Eesti_Vabariigi_Tartu_Ulikool, lk 277
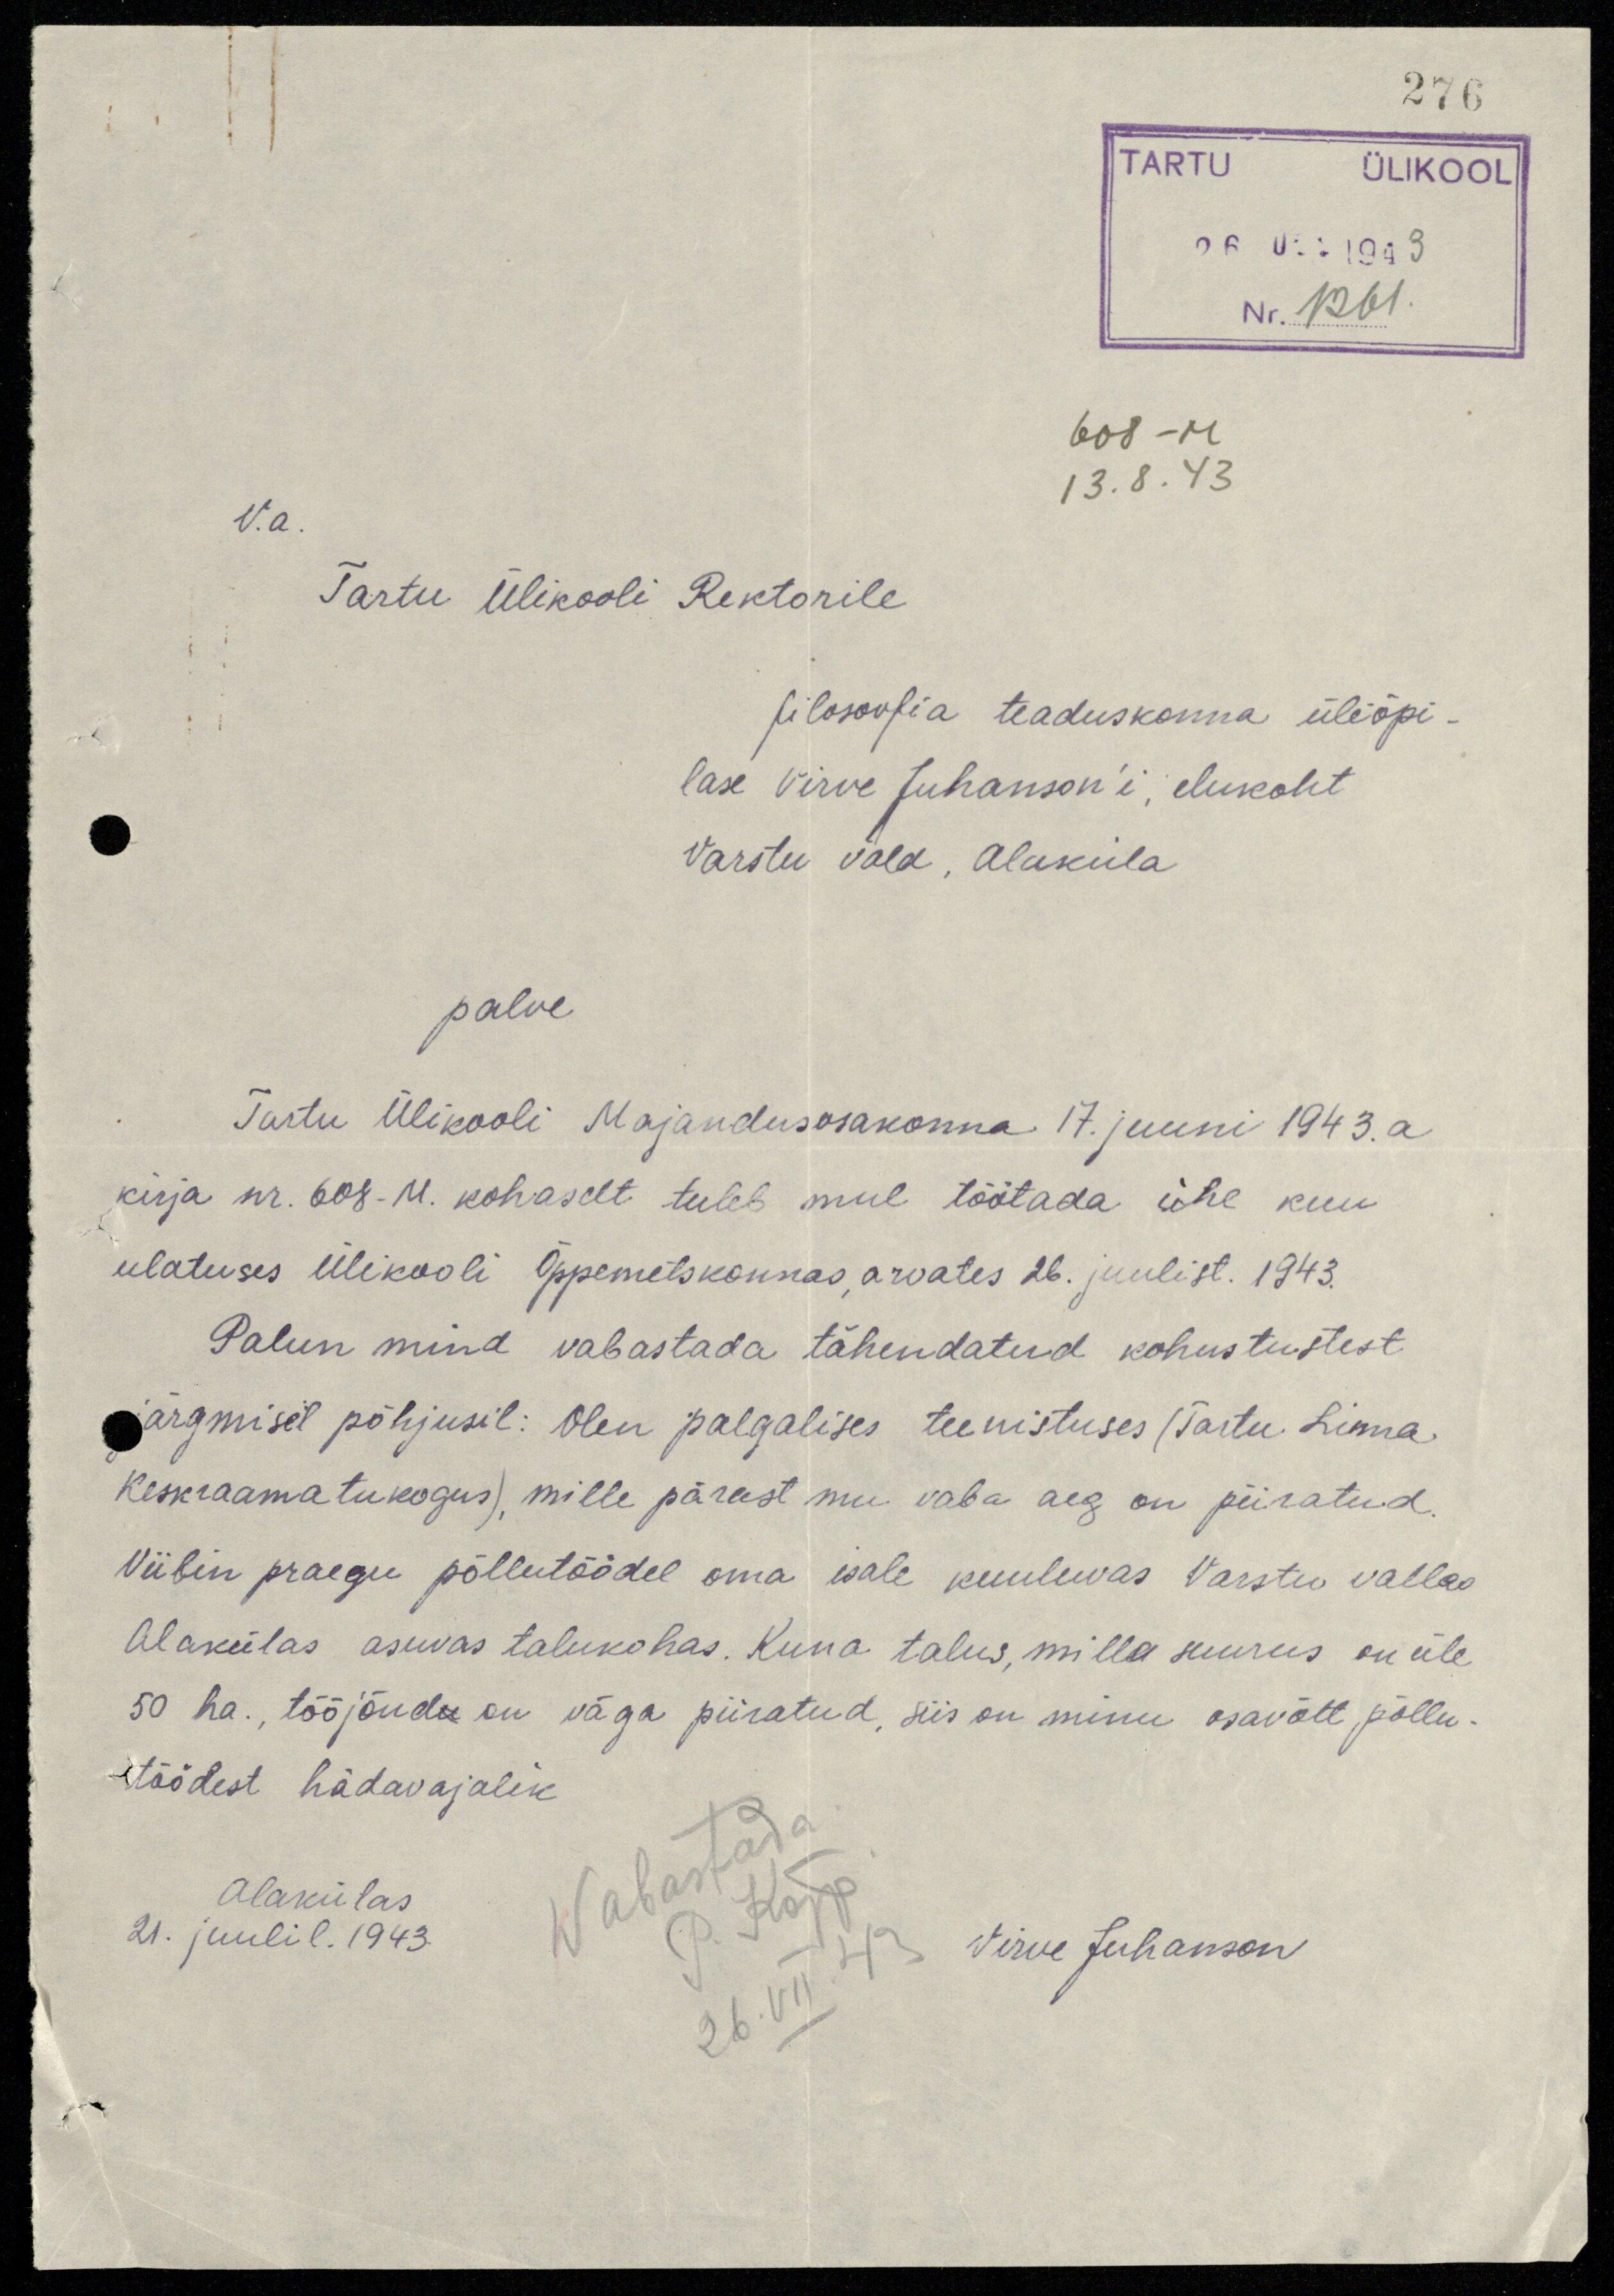
276
TARTU ÜLIKOOL
26. O:: 1943
Nr. 1261.
608 -M
13. 8. 43
V. a.
Tartu Ülikooli Rektorile
filosoofia teaduskonna üliõpi-
lase Virve Juhanson'i, elukoht
Varstu vald, Alaküla
palve
Tartu Ülikooli Majandusosakonna 17. juuni 1943. a
kirja nr. 608-M. kohaselt tuleb mul töötada ühe kuu
ulatuses Ülikooli Õppemetskonnas, arvates 26. juulist. 1943.
Palun mind vabastada tähendatud kohustustest
järgmisel põhjusil: Olen palgalises teenistuses (Tartu Linna
Keskraamatukogus, mille pärast mu vaba aeg on piiratud
Viibin praegu põllutöödel oma isale kuuluvas Varstu vallas
Alakülas asuvas talukohas. Kuna talus, mille suurus on üle
50 ha., tööjõud on väga piiratud, siis on minu osavõtt põllu-
töödest hädavajalik.
Alakülas
21. juulil. 1943.
Virve Juhanson